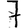
Digit: 7